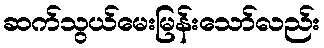
ဆက်သွယ်မေးမြန်းသော်လည်း